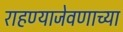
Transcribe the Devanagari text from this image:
राहण्याजेवणाच्या